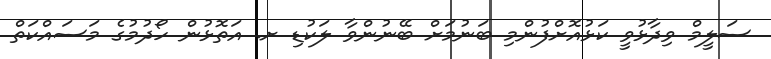
ސަލީމް ވިދާޅުވީ ކަޅުއޮށްފުންމި ބަނުމަށް ބޭނުންވާ ލަކުޑި ށ. އަތޮޅުން ހޯދުމުގެ މަސައްކަތް